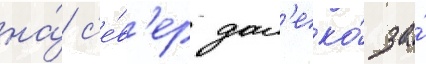
на́ с'е́в'ер дал'еко́ за́